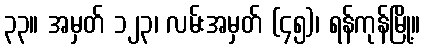
၃၃။ အမှတ် ၁၂၃၊ လမ်းအမှတ် (၄၅)၊ ရန်ကုန်မြို့။